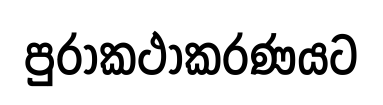
පුරාකථාකරණයට